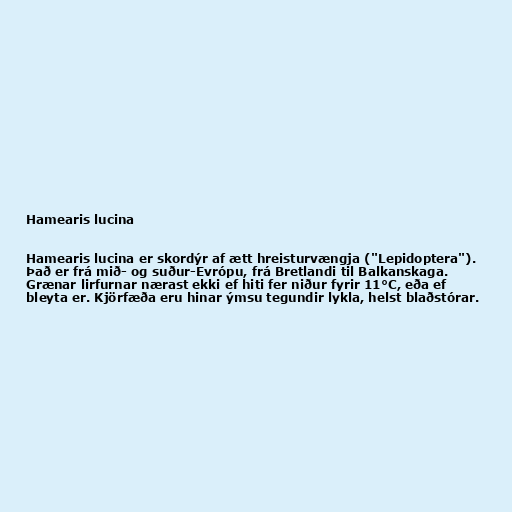
Hamearis lucina

Hamearis lucina er skordýr af ætt hreisturvængja ("Lepidoptera").
Það er frá mið- og suður-Evrópu, frá Bretlandi til Balkanskaga.
Grænar lirfurnar nærast ekki ef hiti fer niður fyrir 11°C, eða ef
bleyta er. Kjörfæða eru hinar ýmsu tegundir lykla, helst blaðstórar.